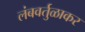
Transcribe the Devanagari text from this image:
लंबवर्तुळाकर